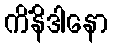
ကိံနိဒါနော